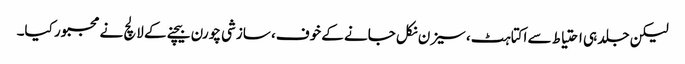
لیکن جلد ہی احتیاط سے اکتاہٹ، سیزن نکل جانے کے خوف، سازشی چورن بیچنے کے لالچ نے مجبور کیا۔